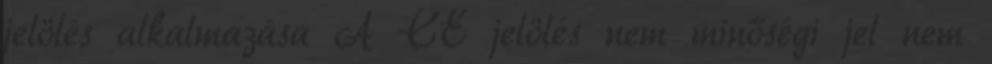
jelölés alkalmazása A CE jelölés nem minőségi jel nem